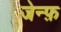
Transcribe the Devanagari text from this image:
जेन्फ़